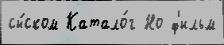
сы́ском Катало́г Но ф'ильм